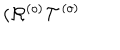
LaTeX: ( \mathcal { R } ^ { \left( o \right) } \mathcal { T } ^ { \left( o \right) }